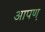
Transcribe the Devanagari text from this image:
आपण़